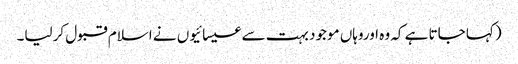
(کہا جاتا ہے کہ وہ اوروہاں موجود بہت سے عیسائیوں نے اسلام قبول کرلیا۔